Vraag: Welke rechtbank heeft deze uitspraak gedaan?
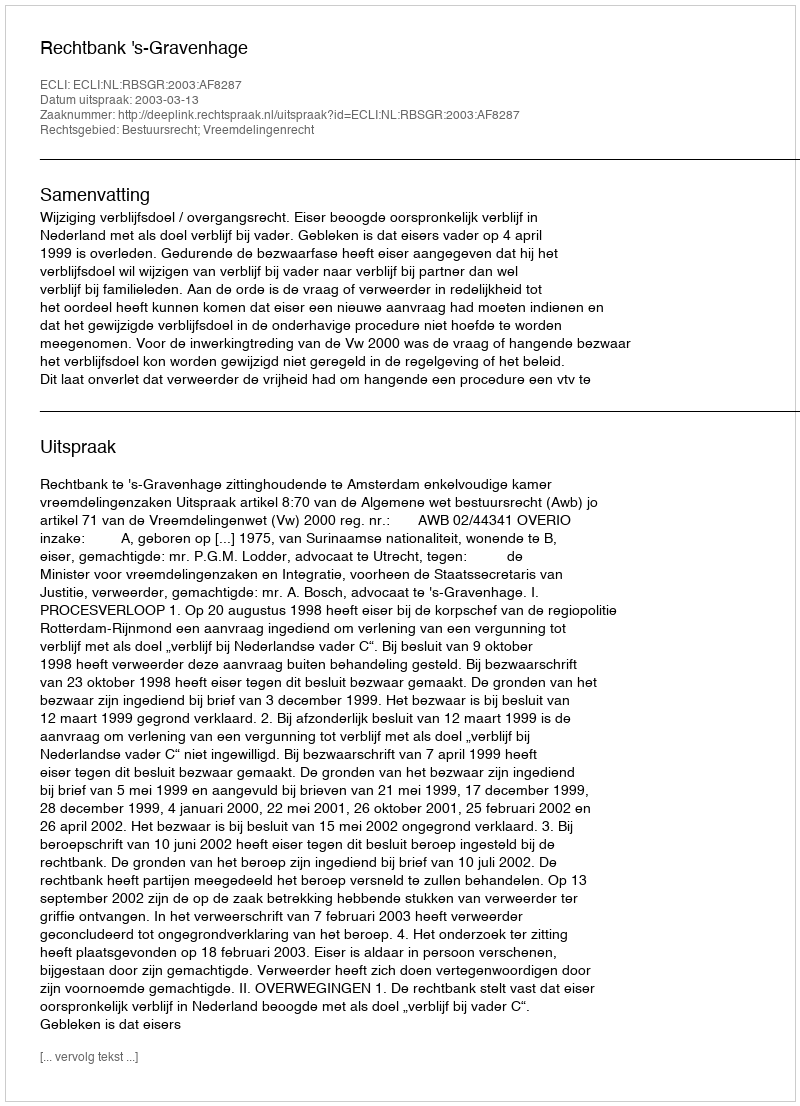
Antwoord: Rechtbank 's-Gravenhage